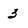
Character: 3